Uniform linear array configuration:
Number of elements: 8
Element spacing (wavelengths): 1
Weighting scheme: cosine
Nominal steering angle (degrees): -60
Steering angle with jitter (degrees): -59.325
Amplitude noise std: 0.05
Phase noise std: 0.05

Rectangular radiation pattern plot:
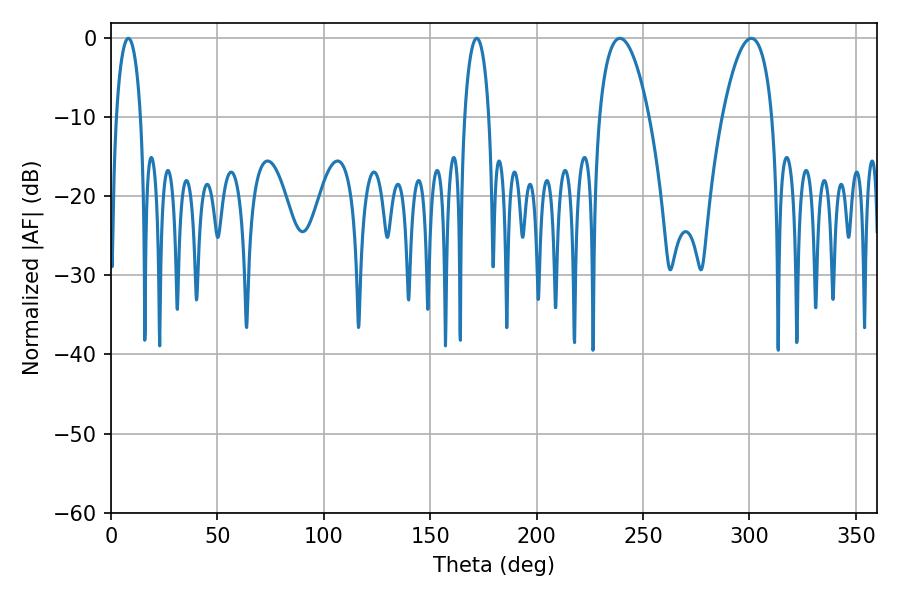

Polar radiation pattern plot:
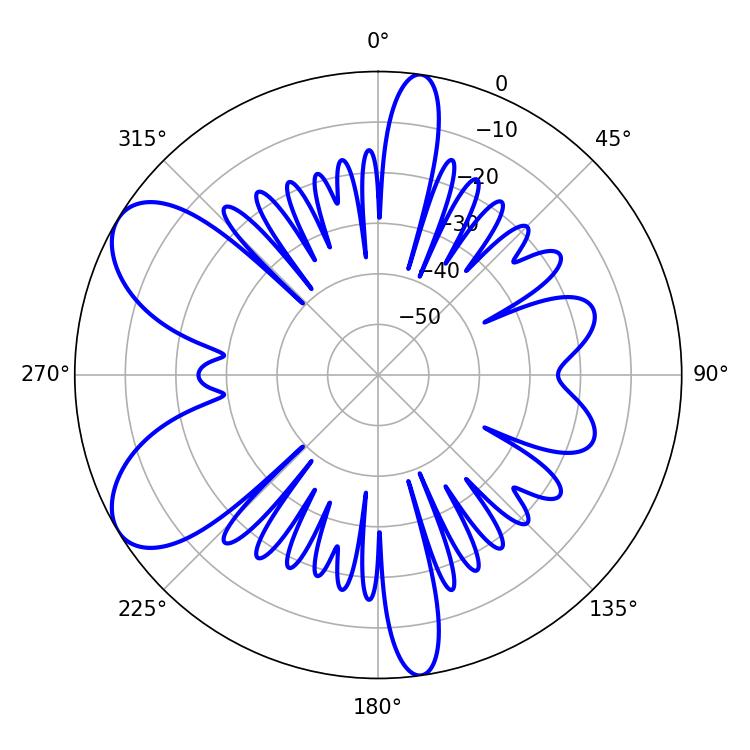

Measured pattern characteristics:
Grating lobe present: TRUE
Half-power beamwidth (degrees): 12.96
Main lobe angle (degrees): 239.04